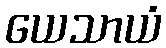
ယေသာယံ